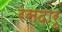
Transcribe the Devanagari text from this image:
रसदारु